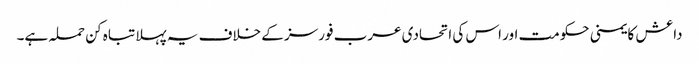
داعش کا یمنی حکومت اور اس کی اتحادی عرب فورسز کے خلاف یہ پہلا تباہ کن حملہ ہے۔